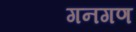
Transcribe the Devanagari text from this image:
गनगण